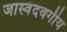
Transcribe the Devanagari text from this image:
जास्वंदवर्गीय